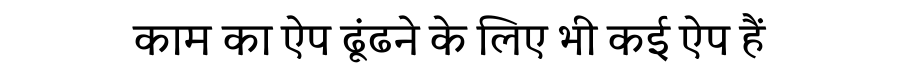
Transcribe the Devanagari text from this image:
काम का ऐप ढूंढने के लिए भी कई ऐप हैं